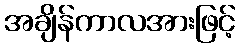
အချိန်ကာလအားဖြင့်